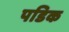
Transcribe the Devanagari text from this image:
पडिक